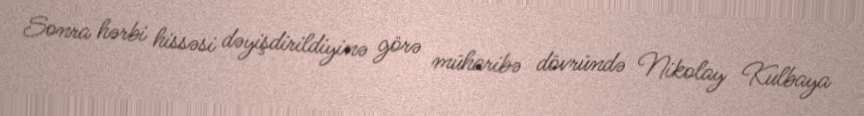
Sonra hərbi hissəsi dəyişdirildiyinə görə müharibə dövründə Nikolay Kulbaya